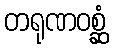
တရုဏဝစ္ဆံ